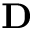
\mathbf { D }